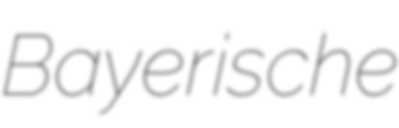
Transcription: Bayerische